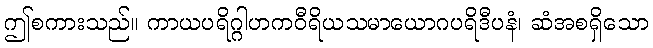
ဤစကားသည်။ ကာယပရိဂ္ဂါဟကဝီရိယသမာယောဂပရိဒီပနံ၊ ဆံအစရှိသော